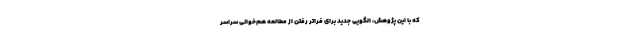
که با این پژوهش، الگویی جدید برای فراتر رفتن از مطالعه هم‌خوانی سراسر